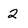
Character: 2